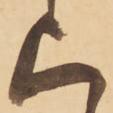
上